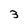
Character: 3